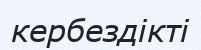
кербездікті